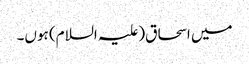
میں اسحاق(علیہ السلام) ہوں۔